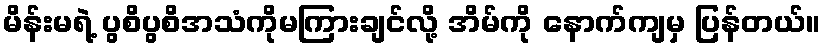
မိန်းမရဲ့ ပွစိပွစိအသံကိုမကြားချင်လို့ အိမ်ကို နောက်ကျမှ ပြန်တယ်။